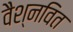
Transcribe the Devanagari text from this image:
वैश्नवित